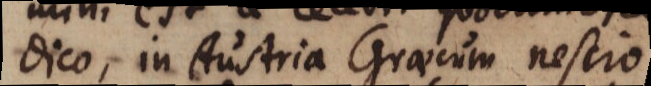
dico, in Austria Graecum nescio